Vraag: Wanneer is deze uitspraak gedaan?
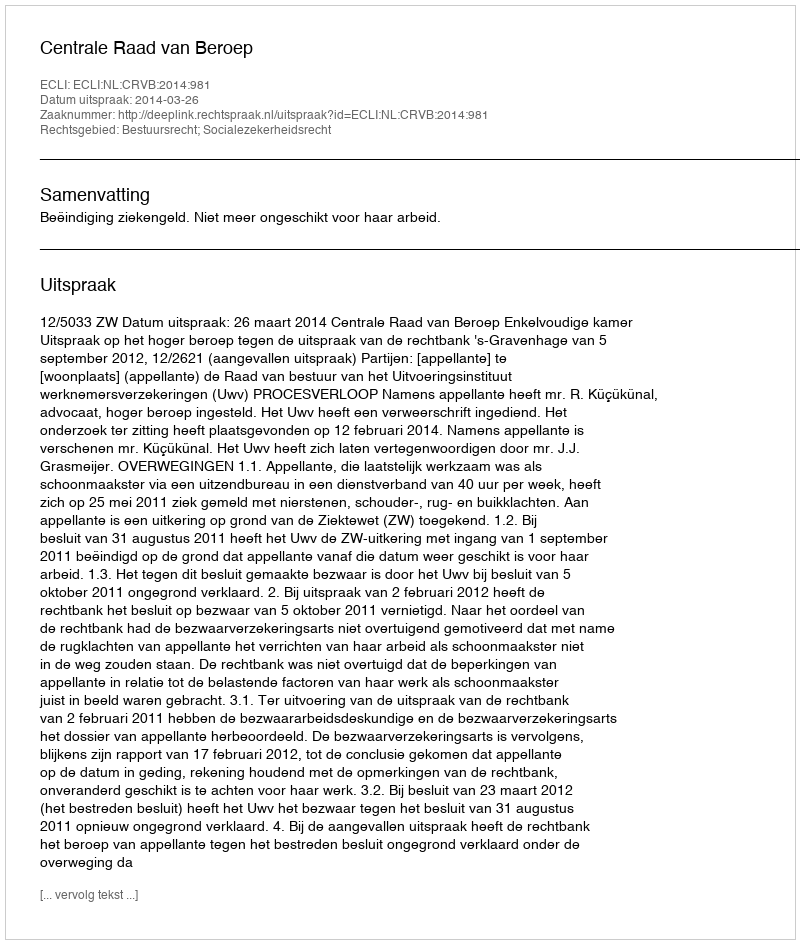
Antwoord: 2014-03-26